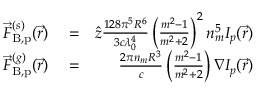
\begin{array} { r l r } { \vec { F } _ { { \mathrm { B , p } } } ^ { ( s ) } ( \vec { r } ) } & { { } = } & { \hat { z } \frac { 1 2 8 \pi ^ { 5 } R ^ { 6 } } { 3 c \lambda _ { 0 } ^ { 4 } } \left( \frac { m ^ { 2 } - 1 } { m ^ { 2 } + 2 } \right) ^ { 2 } n _ { m } ^ { 5 } I _ { p } ( \vec { r } ) } \\ { \vec { F } _ { { \mathrm { B , p } } } ^ { ( g ) } ( \vec { r } ) } & { { } = } & { \frac { 2 \pi n _ { m } R ^ { 3 } } { c } \left( \frac { m ^ { 2 } - 1 } { m ^ { 2 } + 2 } \right) \nabla I _ { p } ( \vec { r } ) } \end{array}